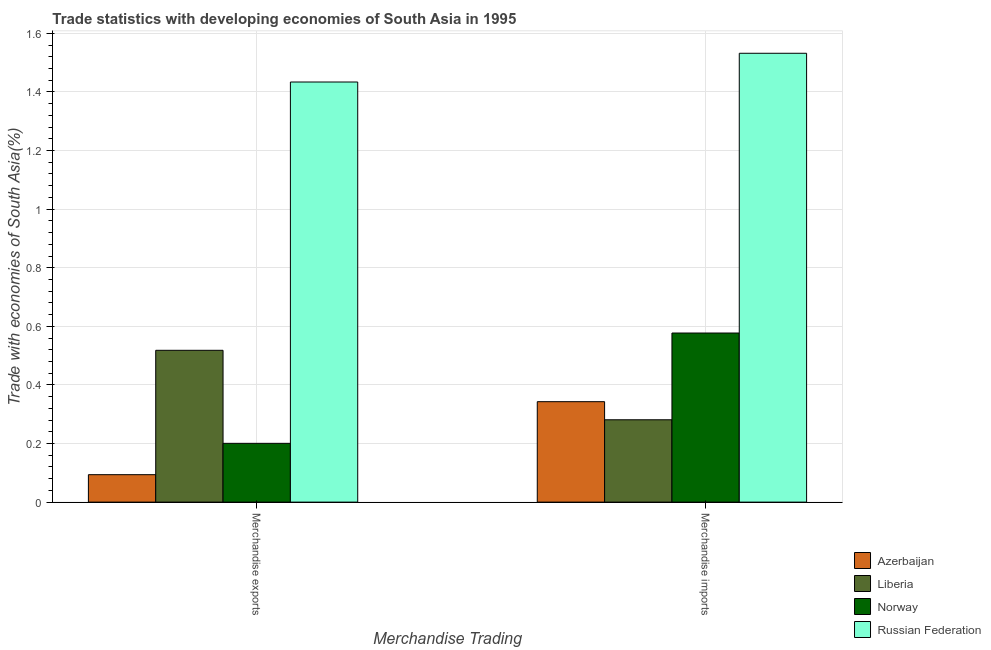
| Merchandise Trading | Azerbaijan | Liberia | Norway | Russian Federation |
 | --- | --- | --- | --- | --- |
 | Merchandise exports | 0.0937 | 0.518 | 0.201 | 1.43 |
 | Merchandise imports | 0.343 | 0.281 | 0.577 | 1.53 |